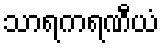
သာရကရဏီယံ